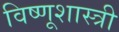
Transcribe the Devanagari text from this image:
विष्णूशास्त्री